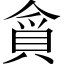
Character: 𮚃